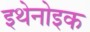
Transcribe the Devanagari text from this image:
इथेनोइक